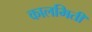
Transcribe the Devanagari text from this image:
कालमिती